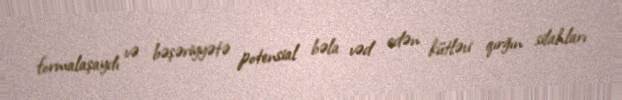
formalaşaydı və bəşəriyyətə potensial bəla vəd edən kütləvi qırğın silahları